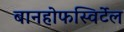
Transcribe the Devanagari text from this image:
बानहोफस्विर्टेल